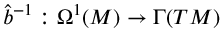
\hat { b } ^ { - 1 } : \Omega ^ { 1 } ( M ) \to \Gamma ( T M )